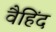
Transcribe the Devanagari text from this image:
वैहिंद